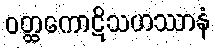
ဝတ္ထကောဋိသဟဿာနံ